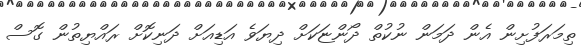
ތިމަރަފުށިން އެން ދަމަން ނުކުތް ދޯންޏަކަށް ދިޔަވެ އަޑިއަށް ދަނިކޮށް ރައްޔިތުން ގޮސް